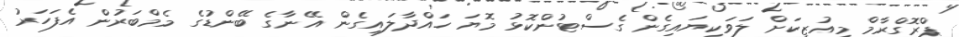
ޕްރޮގްރާމް މިއުޒިކަށް ލަވަކިޔައިގެން ގެސްޓުންކޮޅު މޮޔަ ހައްދާލައިގެން އޭނާގެ ބޭންޑުގެ މެމްބަރުން އެފަހަރު